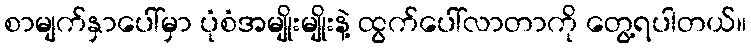
စာမျက်နှာပေါ်မှာ ပုံစံအမျိုးမျိုးနဲ့ ထွက်ပေါ်လာတာကို တွေ့ရပါတယ်။